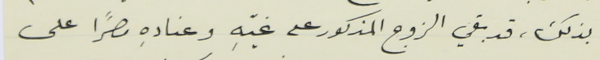
بذلك، قد بقي الزوج المذكور على غيّهِ وعنادهِ مصرًا على